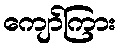
ကျော်ကြား